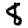
Digit: 8